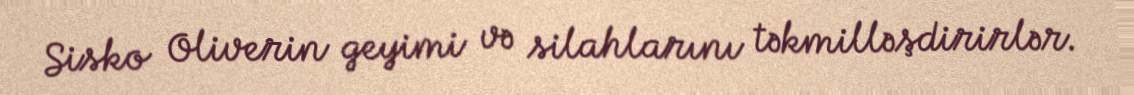
Sisko Oliverin geyimi və silahlarını təkmilləşdirirlər.